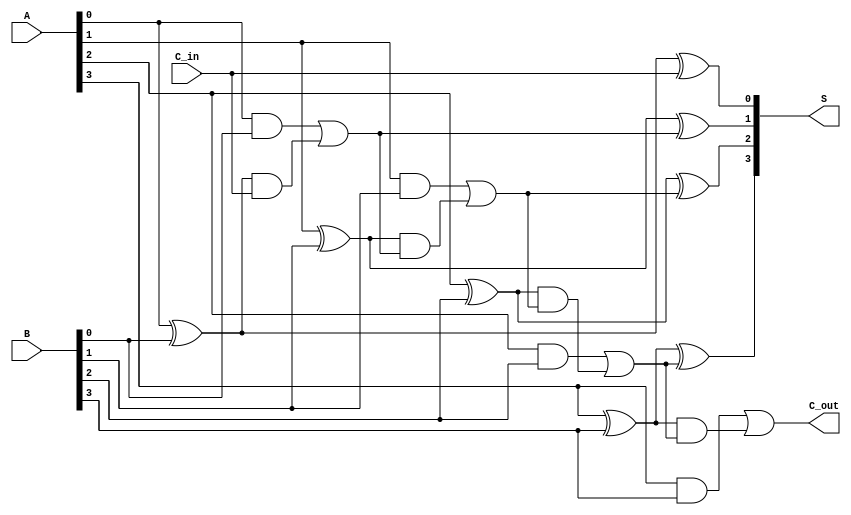
module SklanskyAdder #(parameter N = 4) (
    input [N-1:0] A,          // First input
    input [N-1:0] B,          // Second input
    input C_in,               // Carry-in
    output [N-1:0] S,         // Sum output
    output C_out              // Carry-out output
);

    // Generate and Propagate signals
    wire [N-1:0] G;  // Generate signals
    wire [N-1:0] P;  // Propagate signals
    wire [N:0] C;    // Carry signals, C[0] = C_in
    
    // Generate and Propagate calculations
    genvar i;
    generate
        for (i = 0; i < N; i = i + 1) begin : gen_propagate
            assign G[i] = A[i] & B[i];       // Generate: G[i] = A[i] * B[i]
            assign P[i] = A[i] ^ B[i];       // Propagate: P[i] = A[i] + B[i]
        end
    endgenerate

    // Carry signal calculations
    assign C[0] = C_in; // Input carry
    generate
        for (i = 0; i < N; i = i + 1) begin : carry_generation
            if (i == 0) begin
                assign C[i+1] = G[i] | (P[i] & C[i]); // C[1]
            end else begin
                assign C[i+1] = G[i] | (P[i] & C[i]); // C[i+1]
            end
        end
    endgenerate

    // Sum calculation
    generate
        for (i = 0; i < N; i = i + 1) begin : sum_calculation
            assign S[i] = P[i] ^ C[i]; // S[i] = P[i] XOR C[i]
        end
    endgenerate

    // Final carry out
    assign C_out = C[N]; // Final carry out

endmodule